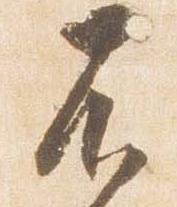
不